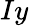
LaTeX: Iy